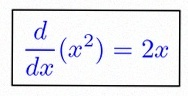
\frac{d}{dx}(x^2)=2x